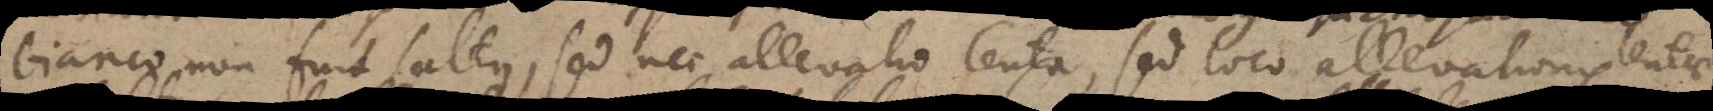
bianco non fuit saltus, sed nec allevatio lenta, sed loco allevationis lentae